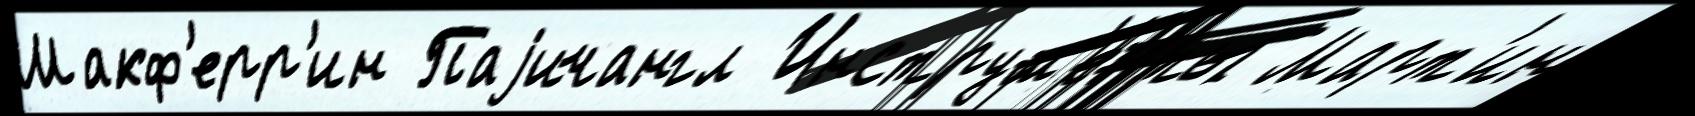
Макф'ерр'ин Паjичангл Инструм'е́нты Март'ин